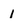
Character: 1